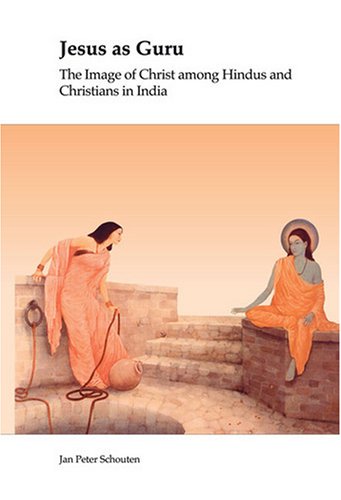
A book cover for Jesus as Guru: The Image of Christ Among Hindus and Christians in India. (Currents of Encounter); Jan Peter Schouten; Religion & Spirituality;